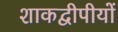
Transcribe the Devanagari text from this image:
शाकद्वीपीयों